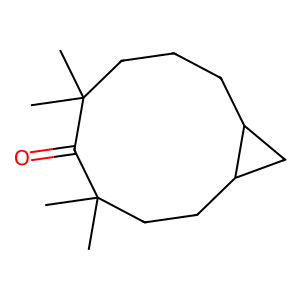
SMILES: CC1(C)CCCC2CC2CCC(C)(C)C1=O
Inhibits HIV replication: No